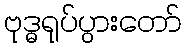
ဗုဒ္ဓရုပ်ပွားတော်